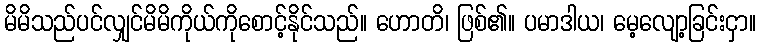
မိမိသည်ပင်လျှင်မိမိကိုယ်ကိုစောင့်နိုင်သည်။ ဟောတိ၊ ဖြစ်၏။ ပမာဒါယ၊ မေ့လျော့ခြင်းငှာ။